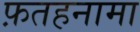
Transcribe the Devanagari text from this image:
फ़तहनामा